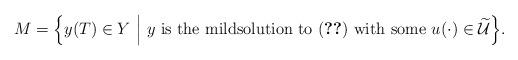
LaTeX: \begin{align*}M=\Big\{ y(T)\in Y\ \Big|\ y\mbox{ is the mildsolution to } (\ref{llz51})\mbox{ with some }u(\cdot)\in\widetilde{\mathcal{U}} \Big\}.\end{align*}